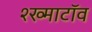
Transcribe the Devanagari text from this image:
श्ख्माटॉव